Tartu_kinnistusamet, lk 3
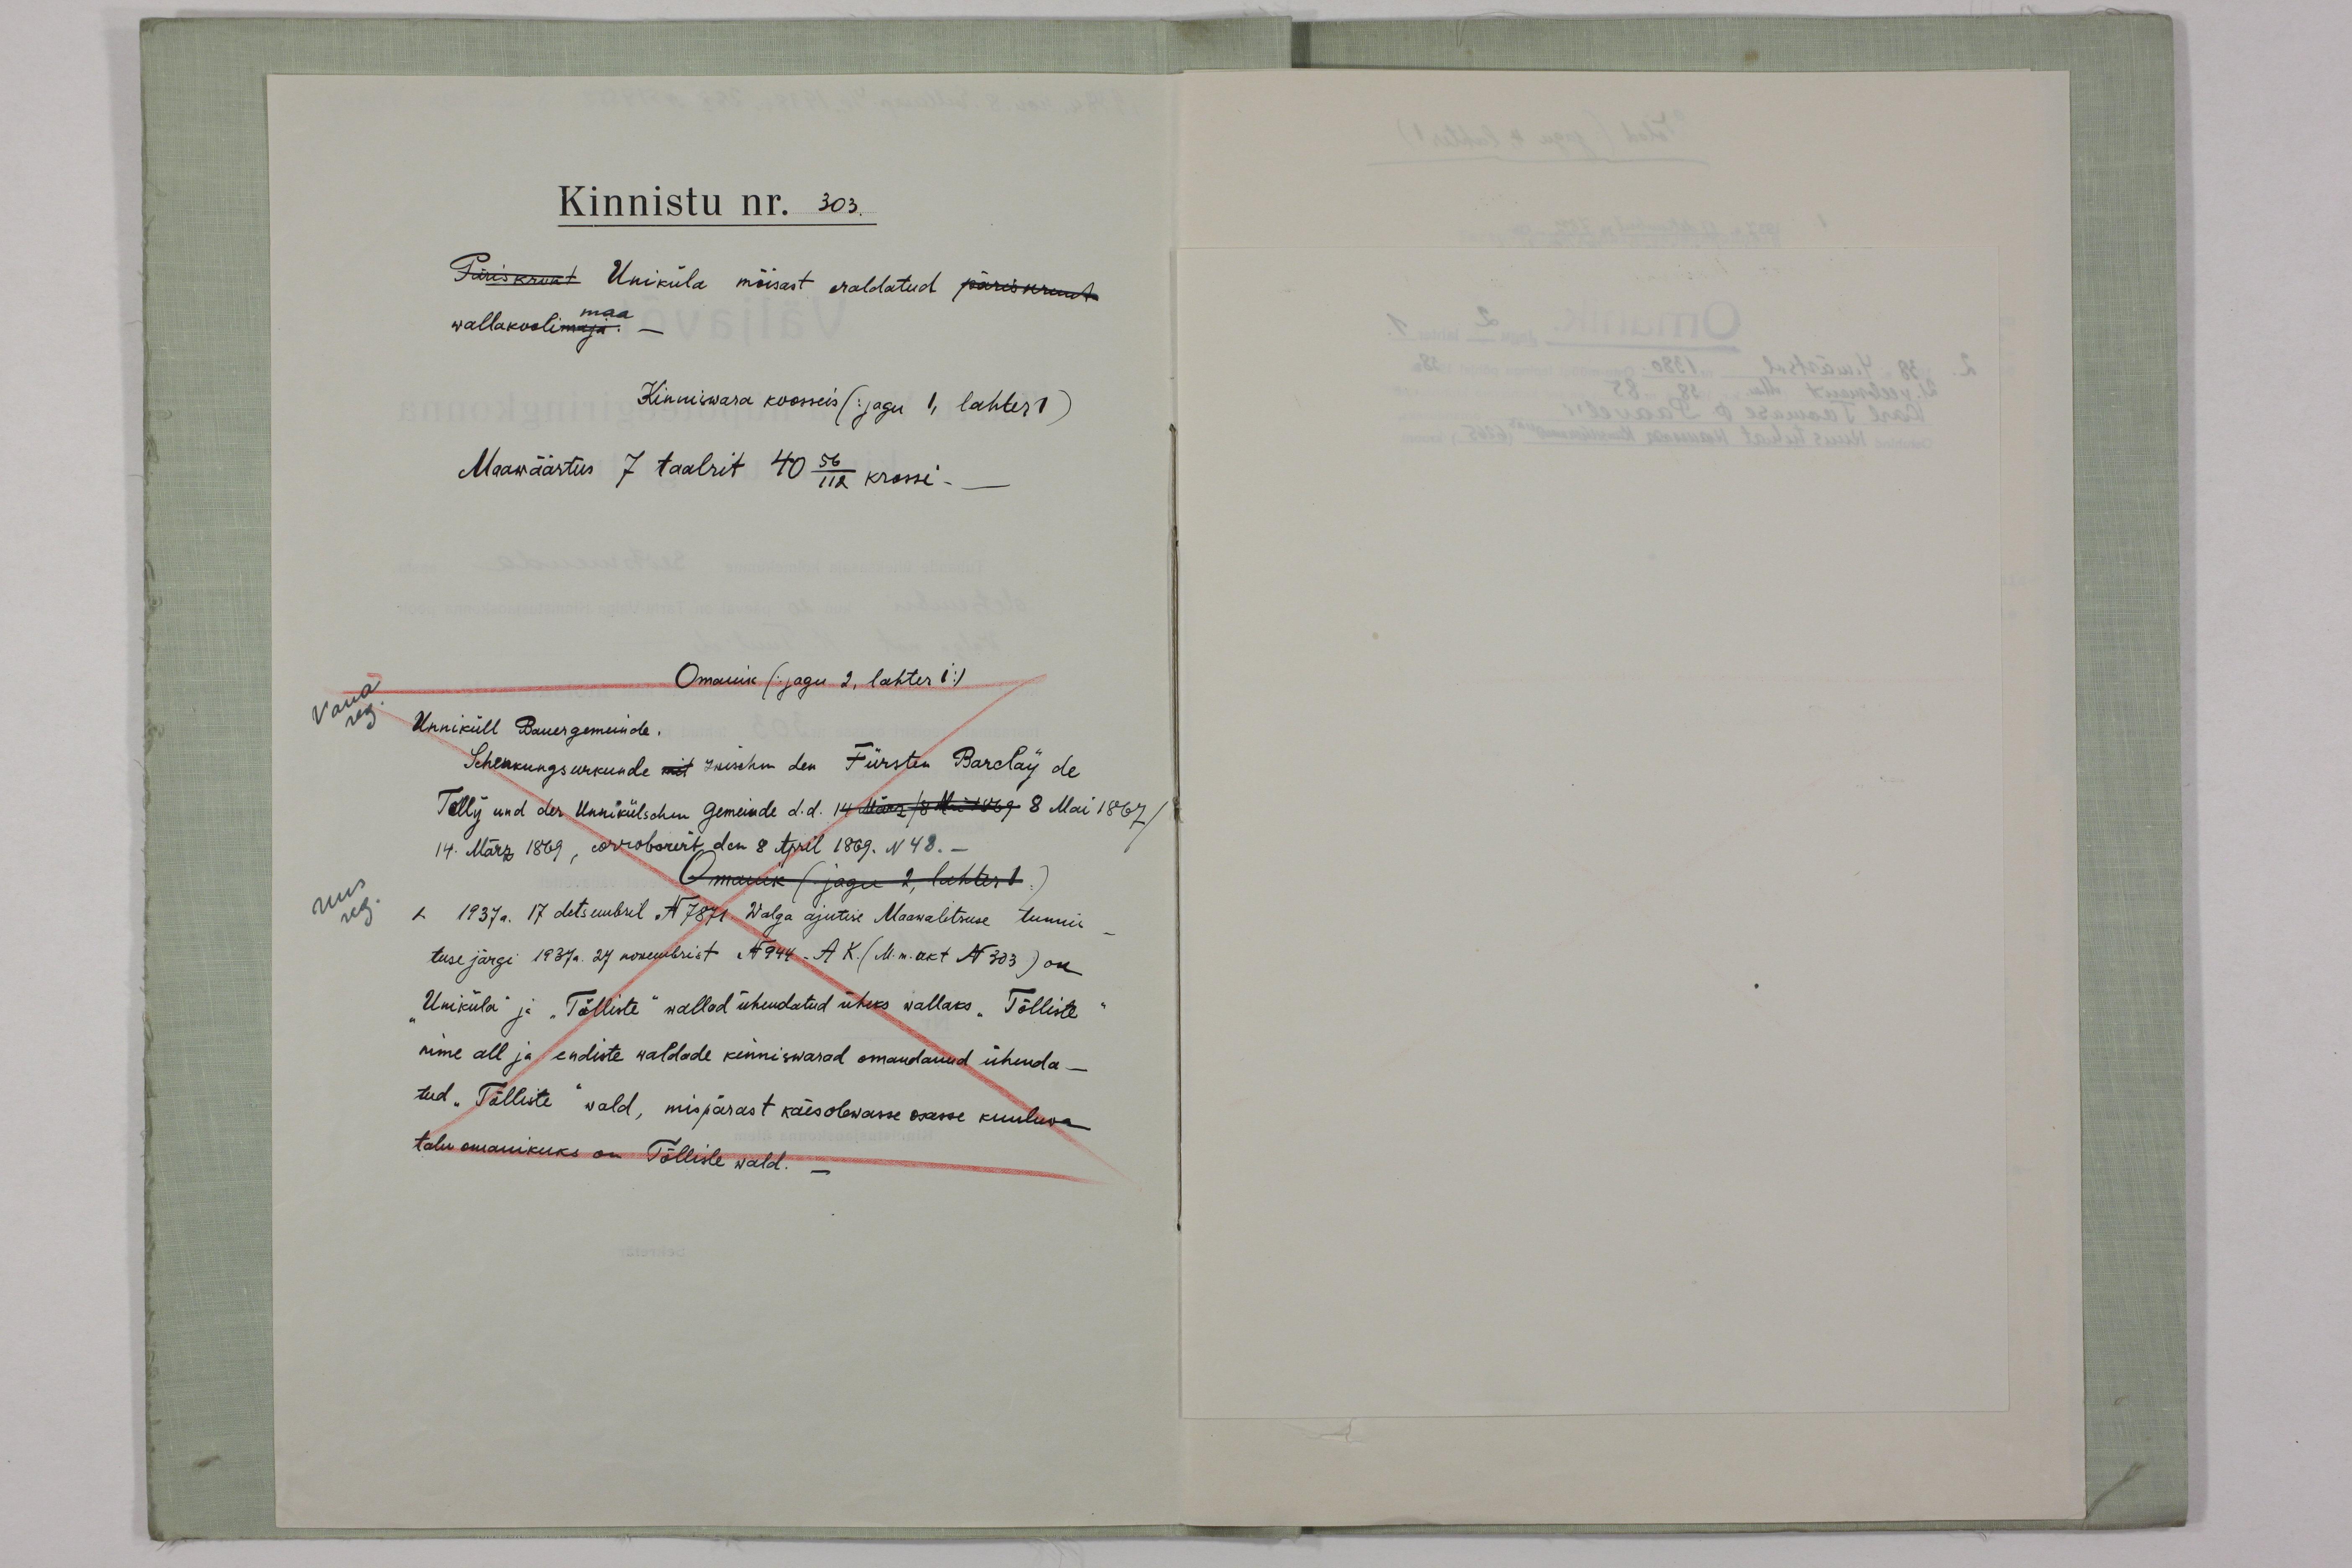
Kinnistu nr. 303
Päriskrunt Uniküla mõisast eraldatud päriskrunt
wallakooli
maa
Kinniswara koosseis (jagu 1, lahter 1)
Maawäärtus 7 taalrit 40 56/112 krossi-
Omanik (jagu 2, lahter 1:)
Vana
reg.
Unniküll Bauergemeinde.
Shenkungsurkunde mit. Joischu den Fürsten Barclay de
Tolly und der Unnikülschen Gemeinde d. d. 14. M. No: 669 8 Mai 1867
14. März 1869, corroborirt, den 8 April 1869. N 48.-
Omanik (jaga 2, lahter 1.)
Uus
reg.
a 1937. 17 detsembril N 7871 Walga ajutise Maawalitsuse tunnis
tuse järgi 1937 a. 27 nowembrist N944. A K.( M. m. akt N 303) on
"Uniküla" ja "Tõlliste" wallad ühendatud üheks wallaks "Tõlliste"
nime all ja endiste waldade kinniswarad omandanud ühenda-
tud "Tõlliste" wald, mispärast käesolewasse osasse kuuluwa
talu omanikus on Tõlliste wald.